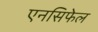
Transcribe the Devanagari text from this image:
एनसिफेल